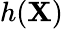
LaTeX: h(\mathbf{X})